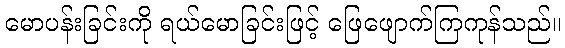
မောပန်းခြင်းကို ရယ်မောခြင်းဖြင့် ဖြေဖျောက်ကြကုန်သည်။